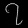
Digit: ၇